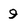
Character: 9